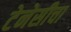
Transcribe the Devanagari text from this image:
टेनेसीचा